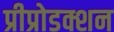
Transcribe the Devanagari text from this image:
प्रीप्रोडक्शन